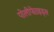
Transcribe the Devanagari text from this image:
पोलीपेप्टाइड्स